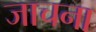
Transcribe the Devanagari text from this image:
जाचना